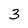
Character: 3